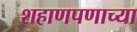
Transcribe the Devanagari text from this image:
शहाणपणाच्या